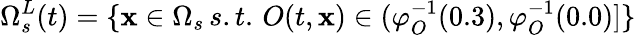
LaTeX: \Omega_{s}^{L}(t)=\{ \mathbf{x}\in\Omega_{s}\, s.t.\, O(t,\mathbf{x})\in(\varphi_{O}^{-1}(0.3),\varphi_{O}^{-1}(0.0)]\}